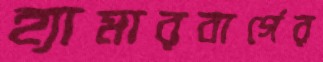
হ্যামারবার্গের